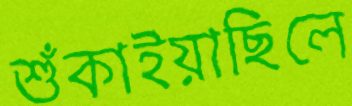
শুঁকাইয়াছিলে